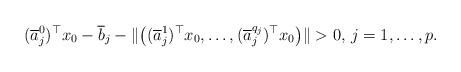
LaTeX: \begin{align*}(\overline{a}_{j}^{0})^{\top }x_{0}-\overline{b}_{j}-\Vert \big((\overline{a}_{j}^{1})^{\top }x_{0},\ldots ,(\overline{a}_{j}^{q_{j}})^{\top }x_{0}\big)\Vert >0,\,j=1,\ldots ,p. \end{align*}